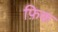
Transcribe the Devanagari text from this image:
फ़िक